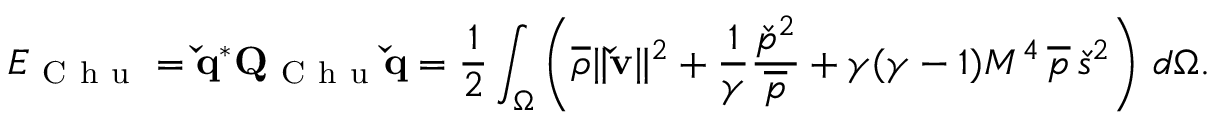
E _ { \mathrm { ~ C ~ h ~ u ~ } } = \mathbf { \check { q } } ^ { * } \mathbf { Q } _ { \mathrm { ~ C ~ h ~ u ~ } } \mathbf { \check { q } } = \frac { 1 } { 2 } \int _ { \Omega } \left( \overline { { \rho } } \| \mathbf { \check { v } } \| ^ { 2 } + \frac { 1 } { \gamma } \frac { \check { p } ^ { 2 } } { \overline { { p } } } + \gamma ( \gamma - 1 ) M ^ { 4 } \, \overline { { p } } \, \check { s } ^ { 2 } \right) \, d \Omega .